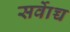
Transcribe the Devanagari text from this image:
सर्वाेच्च